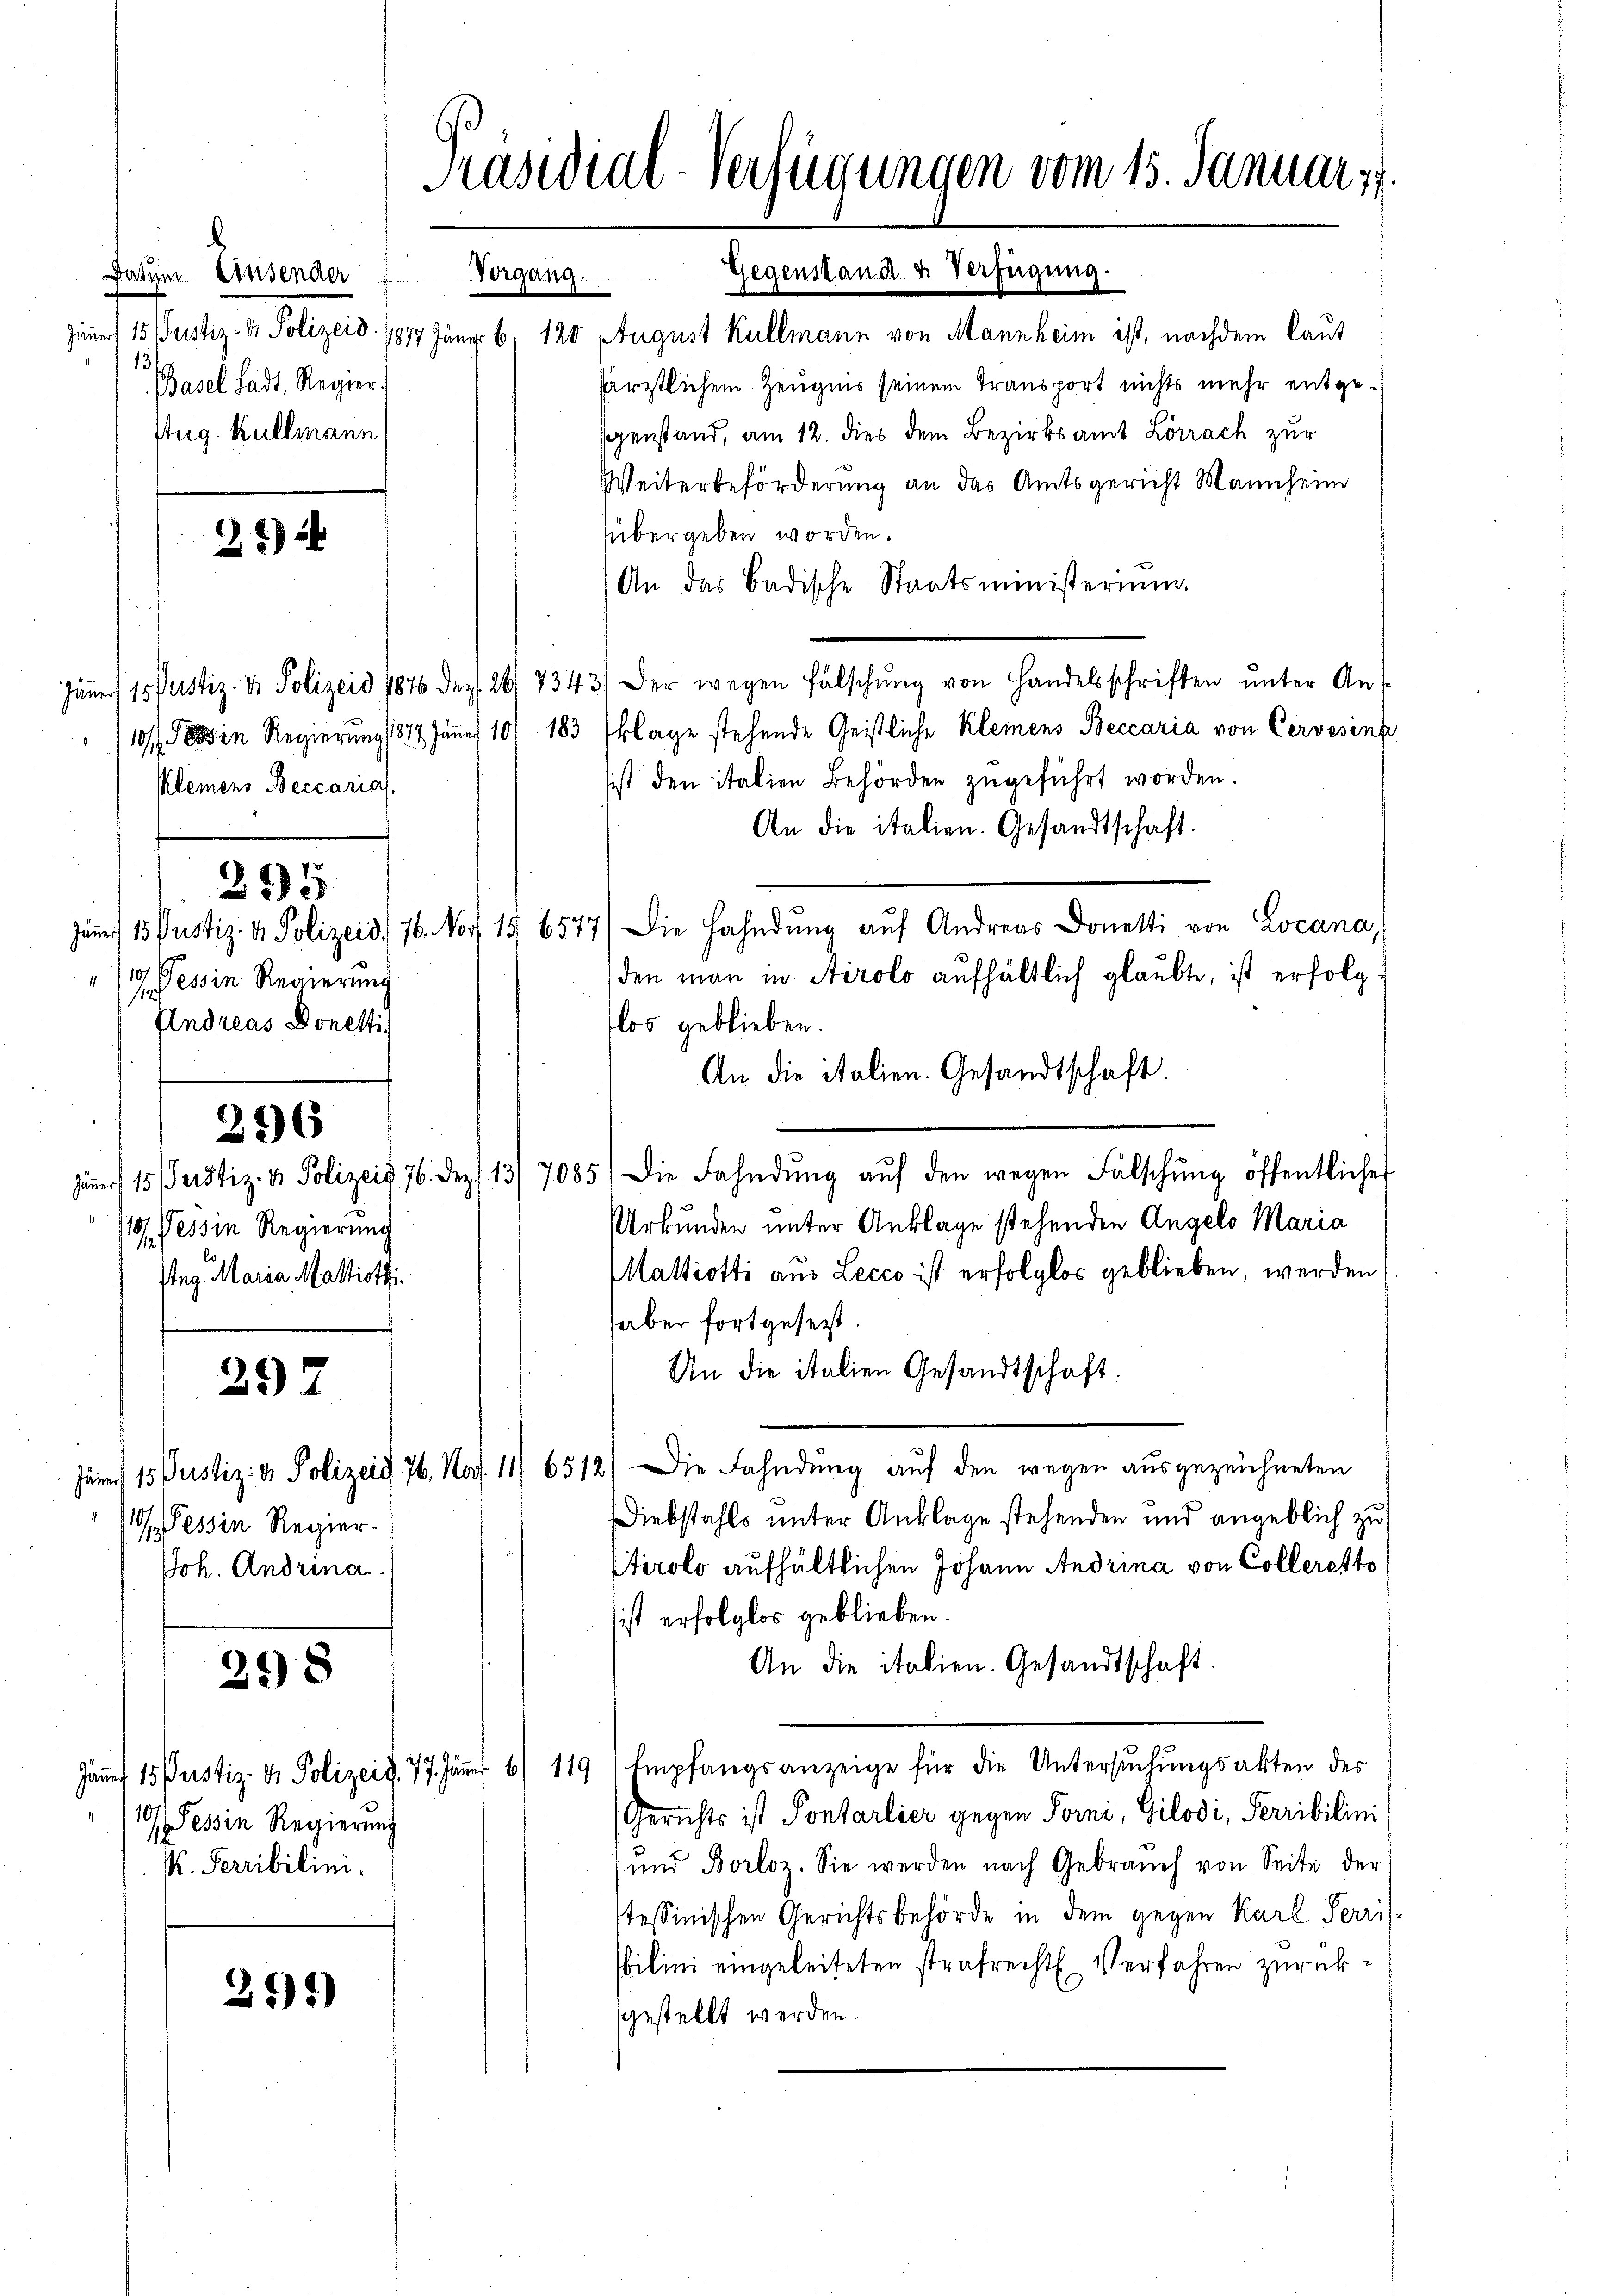
Datum. Einsender
13
Basel Sadt. Regier
stug. Kellmann

21)

Kleiners Beccarias.

/49, Tessin Regierung
Andreas Donetti

295

296

junert 15 Justiz- & Polizeig 76. Dez.
Tessin Regierung
f
steg. Maria Mattisti

297

101 Tessin Regier-
173
Joh. Andrina.

298

10/ Tessin Regierung
P. Ferribilini.

291)

Präsidial-Verfügungen vom 15. Januar 17.
Gegenstand & Verfügung.
Vergang.

z 1. Justiz- & Polizeid. 1877 Jäng 6. 120 August Kallmann von Mannheim ist, nachdem laut
färztlichem Zeugnis seinem Transport nichts mehr entgegenstand, am 12. dies dem Bezirksamt Lörrach zur
Weiterbeförderung an das Amtsgericht Mannheim
übergeben worden.
An das Badische Staatsministerium.
Jäner 15 Justiz- & Polizeis 1876 des 26. 7343/ der wegen Fälschŭng von Handelsschriften ŭnter An-
10/7 in Regierung 1817 fünf 10/ 183 Eklage stehende Geistliche Klemens Beccaria von Cervesinn,
sist den italien Behörden zugeführt worden.
An die italien. Gesandtschaft.
jener 15 Pustiz- & Polizeid) 76. Nov. 19. 6577. Die Fahndŭng aŭf Andreas Donetti von Locana,
den man in Airolo aufhältlich glaubte, ist erfolgflos geblieben.
An die italien. Gesandtschaft.
13/7085) Die Fahndŭng aŭf den wegen Fälschŭng öffentliches
Urkunden unter Anklage stehenden Angelo Maria
Mattiotti aus Lecco ist erfolglos geblieben, werden
aber fortgesetzt.
An die Italien Gesandtschaft
Jäner 15 Justiz- & Polizeid 76. Nat. 11/ 6512) Die Fahndung auf den wegen ausgezeichneten
Diebstahls unter Anklage stehenden und angeblich zu
Ptirolo aufhältlichen Johann Andrina von Colleretto
ist erfolglos geblieben.
An die italien. Gesandtschaft.
Jäṅer 15 Justiz- & Polizeid. 77. Jän 6/ 119 Empfangsanzeige für die Untersŭchŭngsakten des
Gerichts ist Pontarlier gegen Forni, Gilodi, Serribilini
ŭnd Borloz. Sie werden nach Gebrauch von Seite der
stessinischen Gerichtsbehörde in dem gegen Karl Perrit-
ilini eingeleiteten strafrecht. Verfahren zurücksgestellt werden.